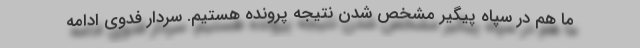
ما هم در سپاه پیگیر مشخص شدن نتیجه پرونده هستیم. سردار فدوی ادامه